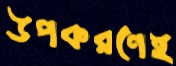
উপকরণেই